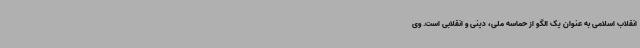
انقلاب اسلامی به عنوان یک الگو از حماسه ملی، دینی و انقلابی است. وی